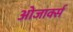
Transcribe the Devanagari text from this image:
ओजार्क्स